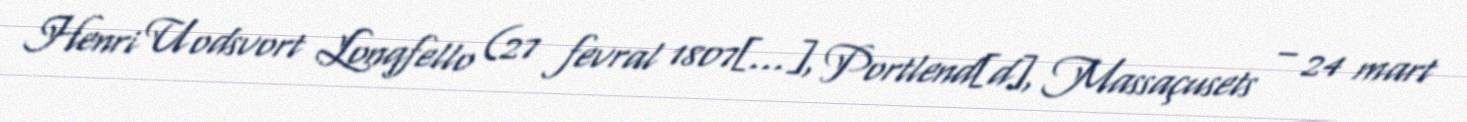
Henri Uodsvort Lonqfello (27 fevral 1807[…], Portlend[d], Massaçusets – 24 mart